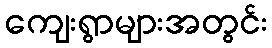
ကျေးရွာများအတွင်း